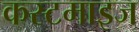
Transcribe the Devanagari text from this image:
कस्टमाइज